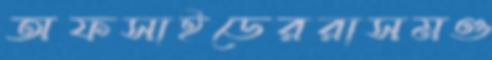
অফসাইডেররাসমণ্ড